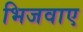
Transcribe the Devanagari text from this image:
भिजवाए